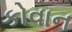
કોવાન